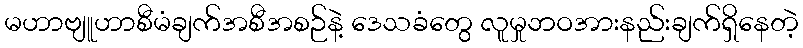
မဟာဗျူဟာစီမံချက်အစီအစဉ်နဲ့ ဒေသခံတွေ လူမှုဘဝအားနည်းချက်ရှိနေတဲ့